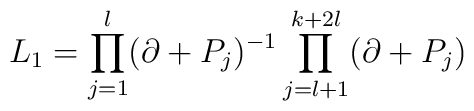
L_1=\prod_{j=1}^l(\partial +P_j)^{-1}\prod_{j=l+1}^{k+2l}(\partial+P_j)